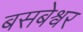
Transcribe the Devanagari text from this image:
बसबेश्वर